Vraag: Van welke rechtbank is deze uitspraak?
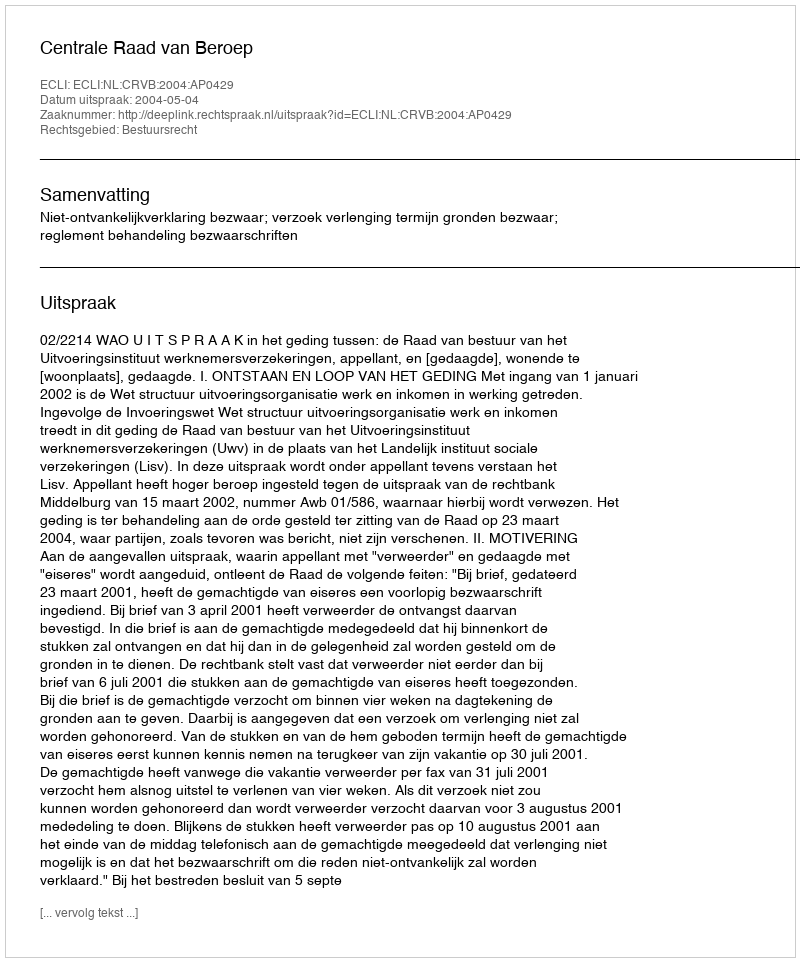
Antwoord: Centrale Raad van Beroep